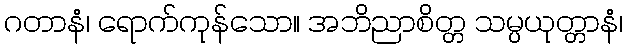
ဂတာနံ၊ ရောက်ကုန်သော။ အဘိညာစိတ္တ သမ္ပယုတ္တာနံ၊